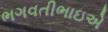
ભગવતીભાઇએ